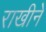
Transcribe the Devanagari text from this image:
राखीने